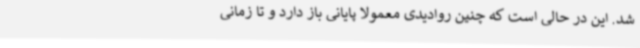
شد. این در حالی است که چنین روادیدی معمولا پایانی باز دارد و تا زمانی